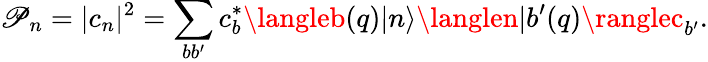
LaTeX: \mathscr{P}_{n}=|c_{n}|^{2}=\sum_{bb^{\prime}}c_{b}^{*}\langleb(q)|n\rangle\langlen|b^{\prime}(q)\ranglec_{b^{\prime}}.